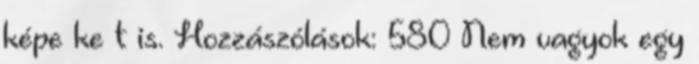
képe ke t is. Hozzászólások: 580 Nem vagyok egy